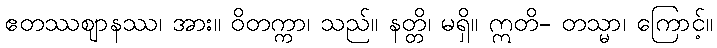
ဧတဿဈာနဿ၊ အား။ ဝိတက္ကာ၊ သည်။ နတ္တိ၊ မရှိ။ ဣတိ- တသ္မာ၊ ကြောင့်။